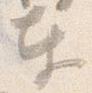
奉